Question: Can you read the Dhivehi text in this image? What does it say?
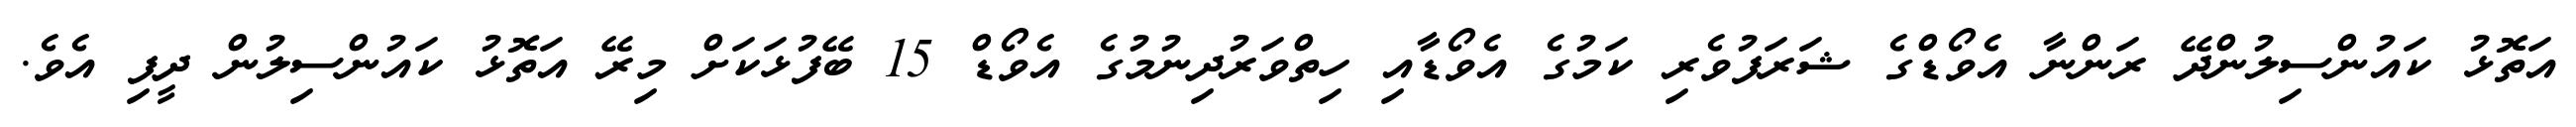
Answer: އަތޮޅު ކައުންސިލުންދޭ ރަންނާ އެވޯޑްގެ ޝަރަފުވެރި ކަމުގެ އެވޯޑާއި ހިތްވަރުދިނުމުގެ އެވޯޑް 15 ބޭފުޅަކަށް މިރޭ އަތޮޅު ކައުންސިލުން ދީފި އެވެ.